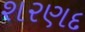
શરણદ